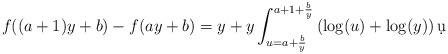
\begin{align*}f((a+1)y+b)-f(ay+b)&= y +y \int_{u=a+\frac by}^{a+1+\frac by} \left(\log(u)+\log(y)\right) \d u\\\end{align*}